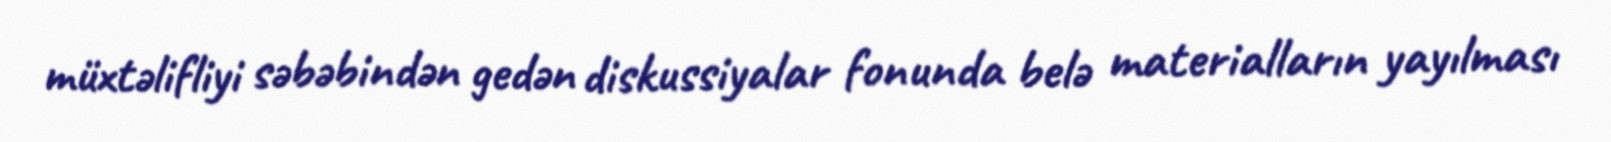
müxtəlifliyi səbəbindən gedən diskussiyalar fonunda belə materialların yayılması